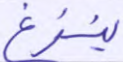
ينزغ